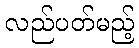
လည်ပတ်မည့်